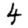
Digit: 4